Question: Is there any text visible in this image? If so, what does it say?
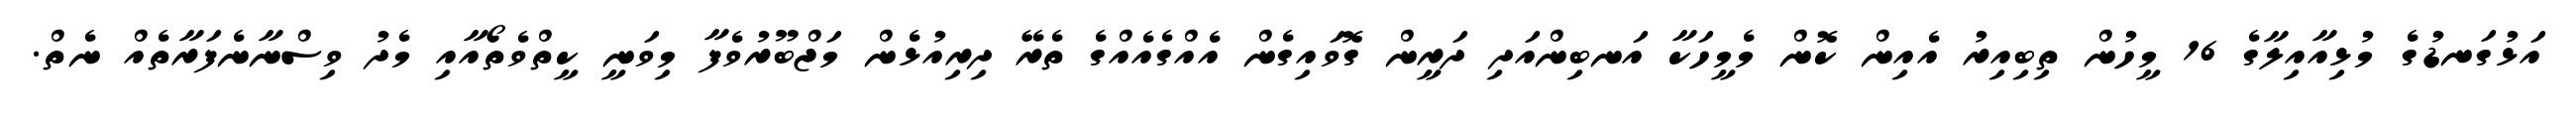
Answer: އަޅުގަނޑުގެ މުޅިއާއިލާގެ 16 މީހުން ތިބިއިރު އެއިން ކޮން މެމީހަކާ އަނބިންއަދި ދަރީން ގޮވައިގެން އެއްގެއެއްގެ ތެރޭ ދިރިއުޅެން މަޖްބޫރުވެފާ މިވަނީ ކީތްވެތޯއާއި މެދު ވިސްނާނެފަރާތެއް ނެތް.